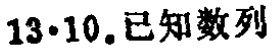
$13\cdot10.已知数列$